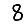
Digit: 8